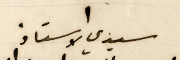
سيدي الاستاذ